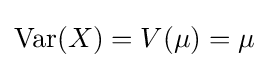
\operatorname {Var} (X)=V(\mu )=\mu